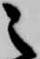
之